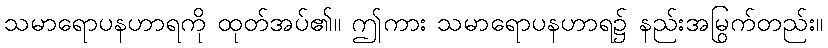
သမာရောပနဟာရကို ထုတ်အပ်၏။ ဤကား သမာရောပနဟာရ၌ နည်းအမြွက်တည်း။